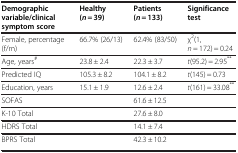
<table><thead><tr><td><b>Demographic variable/clinical symptom score</b></td><td><b>Healthy (<i>n</i> = 39)</b></td><td><b>Patients (<i>n</i> = 133)</b></td><td><b>Significance test</b></td></tr></thead><tbody><tr><td>Female, percentage (f/m)</td><td>66.7% (26/13)</td><td>62.4% (83/50)</td><td>χ<sup>2</sup>(1, <i>n</i> = 172) = 0.24</td></tr><tr><td>Age, years<sup>#</sup></td><td>23.8 ± 2.4</td><td>22.3 ± 3.7</td><td><i>t</i>(95.2) = 2.95<sup>**</sup></td></tr><tr><td>Predicted IQ</td><td>105.3 ± 8.2</td><td>104.1 ± 8.2</td><td><i>t</i>(145) = 0.73</td></tr><tr><td>Education, years</td><td>15.1 ± 1.9</td><td>12.6 ± 2.4</td><td><i>t</i>(161) = 33.08<sup>**</sup></td></tr><tr><td>SOFAS</td><td> </td><td>61.6 ± 12.5</td><td> </td></tr><tr><td>K-10 Total</td><td> </td><td>27.6 ± 8.0</td><td> </td></tr><tr><td>HDRS Total</td><td> </td><td>14.1 ± 7.4</td><td> </td></tr><tr><td>BPRS Total</td><td> </td><td>42.3 ± 10.2</td><td> </td></tr></tbody></table>